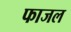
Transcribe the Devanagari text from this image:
फाजल